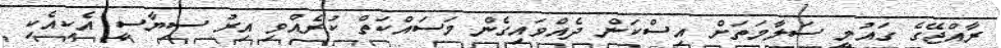
ރާއްޖޭގެ ގައުމީ ސަލާމަތަށް އިސްކަން ދެއްވައިގެން މަސައްކަތް ކުރެއްވި އިރު ސިޔާސީ އެކިއެކި